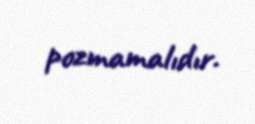
pozmamalıdır.